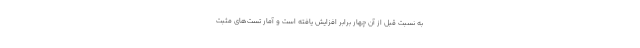
به نسبت قبل از آن چهار برابر افزایش یافته است و آمار تست‌های مثبت